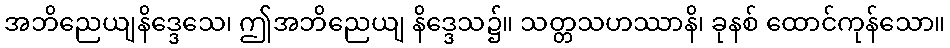
အဘိညေယျနိဒ္ဒေသေ၊ ဤအဘိညေယျ နိဒ္ဒေသ၌။ သတ္တသဟဿာနိ၊ ခုနစ် ထောင်ကုန်သော။